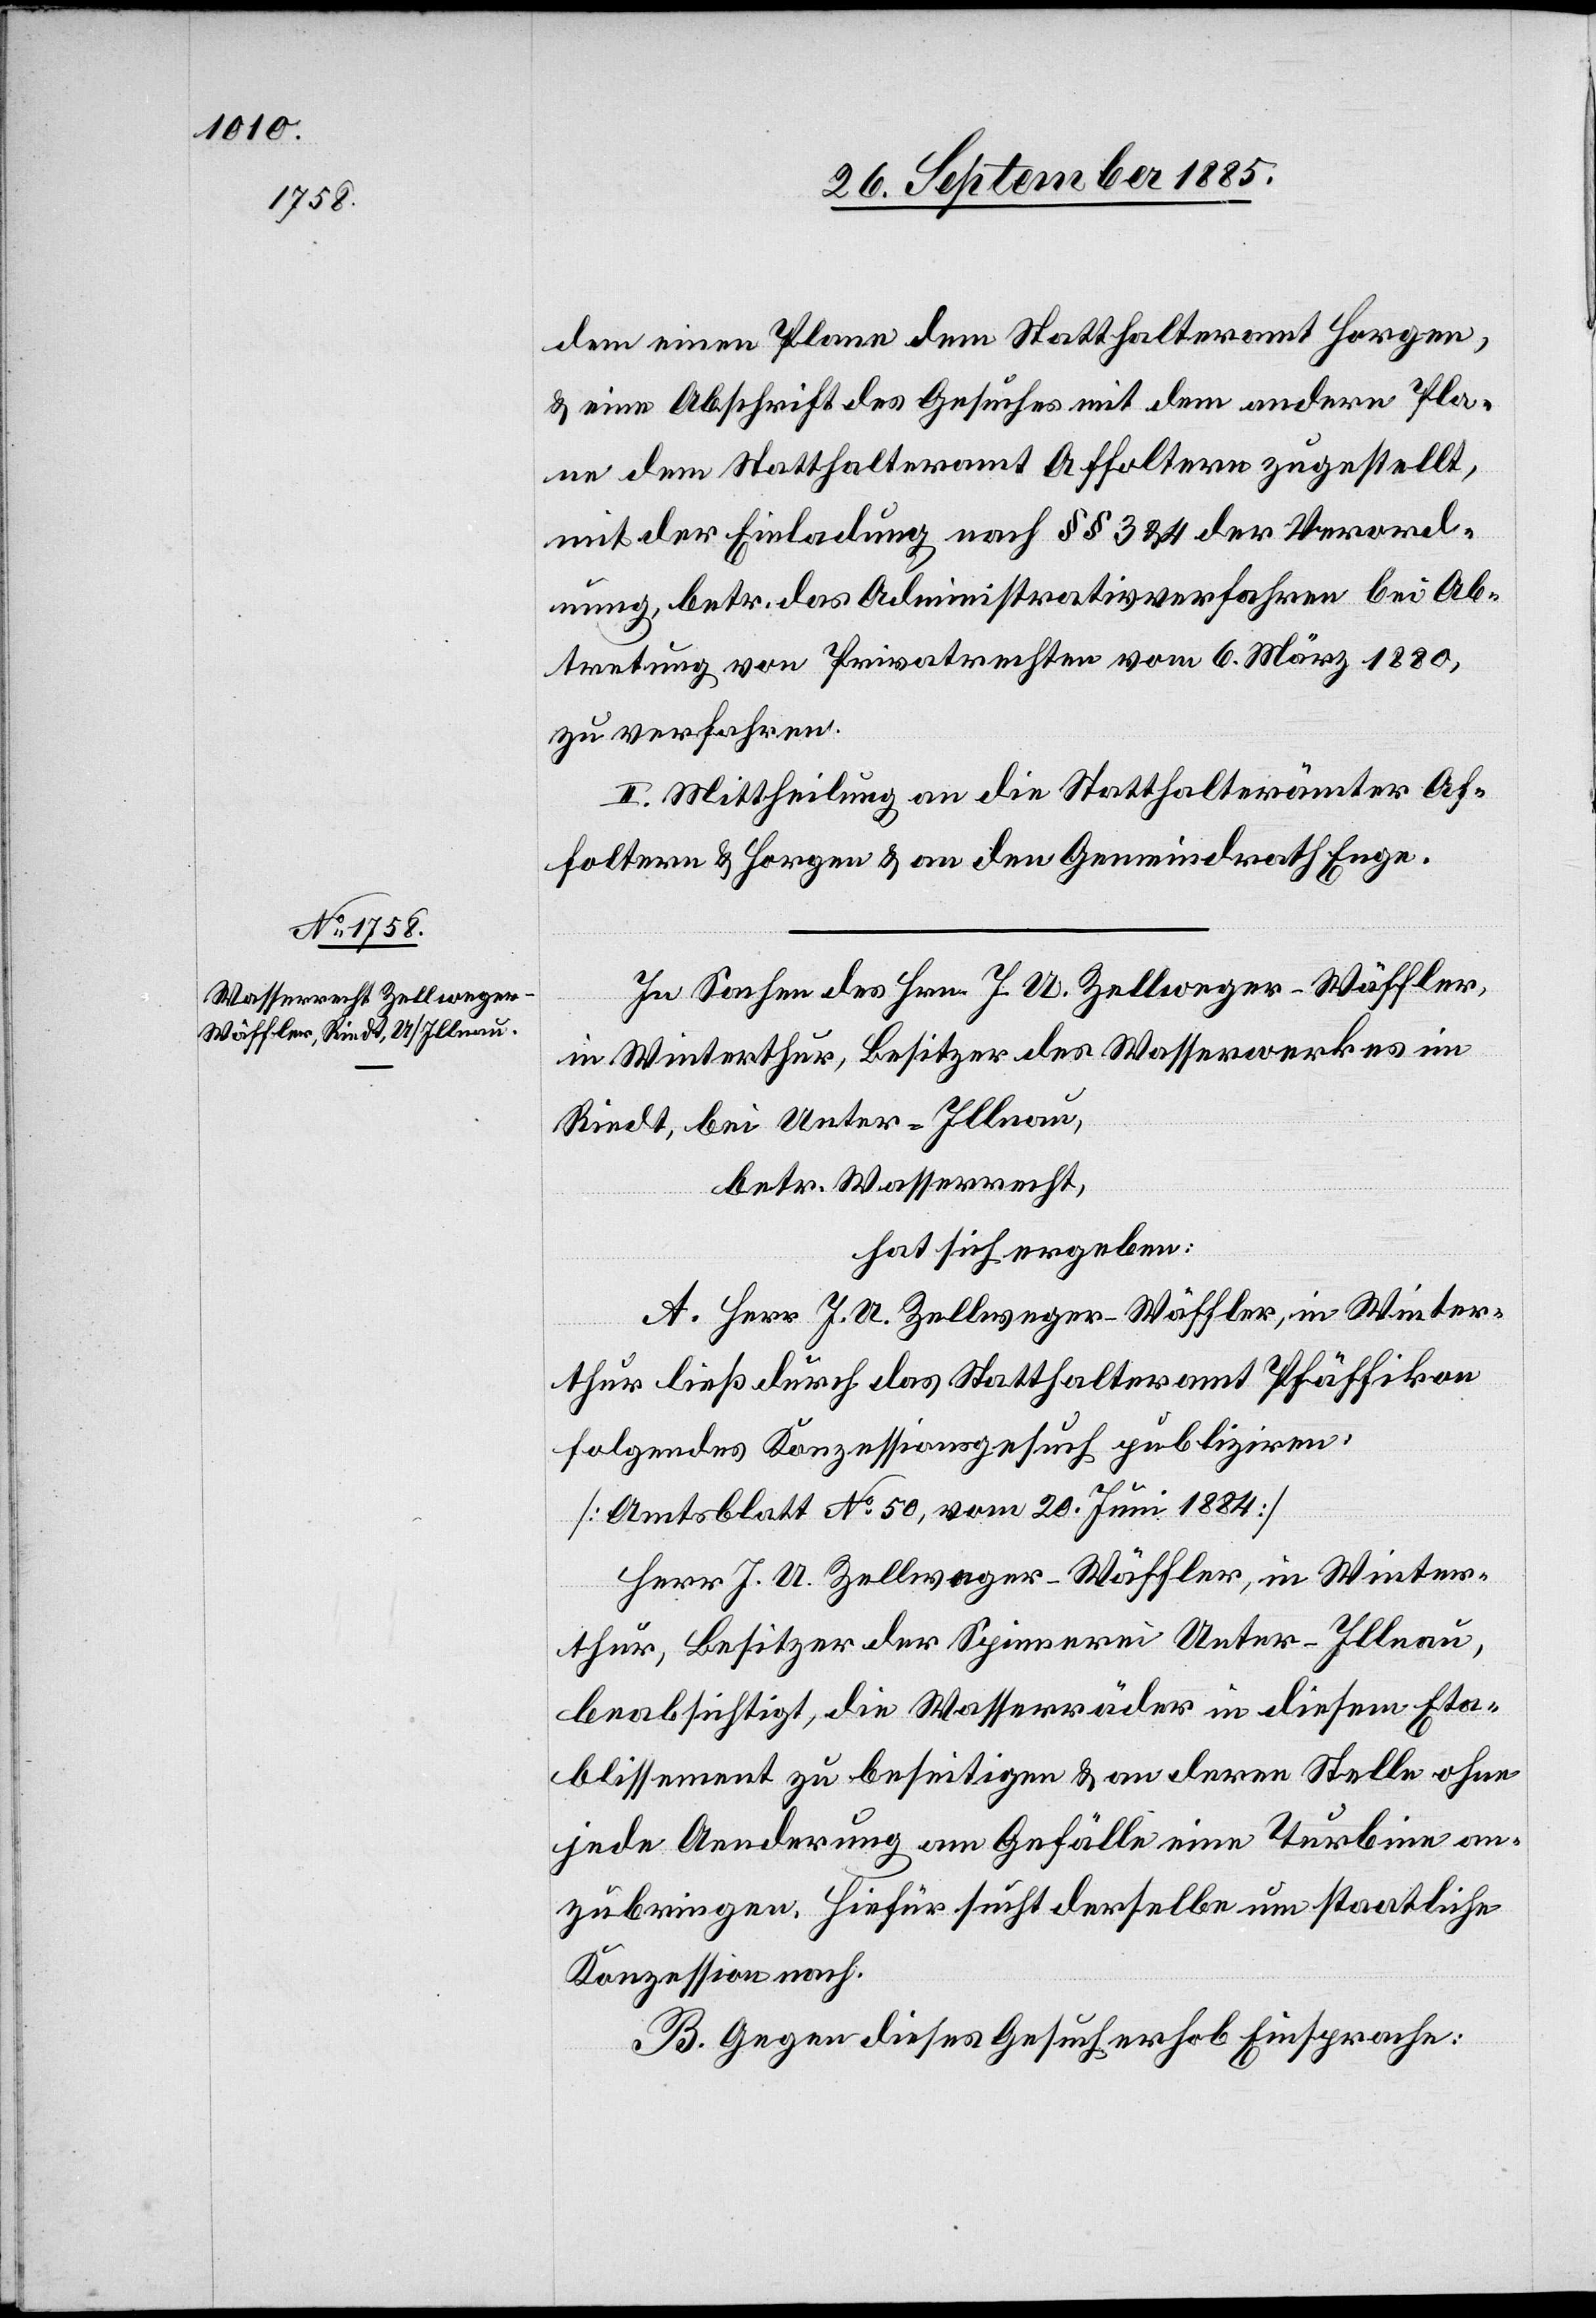
dem einen Plane dem Statthalteramt Horgen,
& eine Abschrift des Gesuches mit dem andern Pla¬
ne dem Statthalteramt Affoltern zugestellt,
mit der Einladung nach §§ 3 & 4 der Verord¬
nung, betr. das Administrativverfahren bei Ab¬
tretung von Privatrechten vom 6. März 1880,
zu verfahren.
II. Mittheilung an die Statthalterämter Af¬
foltern & Horgen & an den Gemeindrath Enge.
In Sachen des Hrn. J. A. Zellweger-Wäffler,
in Winterthur, Besitzer des Wasserwerkes im
Riedt, bei Unter-Illnau,
betr. Wasserrecht,
hat sich ergeben:
A. Herr J. A. Zellweger-Wäffler, in Winter¬
thur ließ durch das Statthalteramt Pfäffikon
folgendes Konzessionsgesuch publiziren:
[Amtsblatt No 50, vom 20. Juni 1884]
Herr J. A. Zellweger-Wäffler, in Winter¬
thur, Besitzer der Spinnerei Unter-Illnau,
beabsichtigt, die Wasserräder in diesem Eta¬
blissement zu beseitigen & an deren Stelle ohne
jede Aenderung am Gefälle eine Turbine an¬
zubringen, hiefür sucht derselbe um staatliche
Konzession nach.
B. Gegen dieses Gesuch erhob Einsprache: